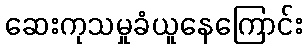
ဆေးကုသမှုခံယူနေကြောင်း